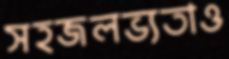
সহজলভ্যতাও